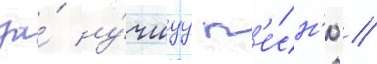
за́ лу́чшуу п'е́сн'ю //